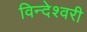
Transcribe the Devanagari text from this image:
विन्देश्वरी